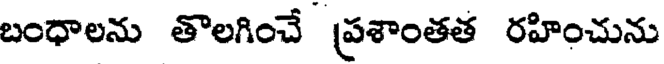
బంధాలను తొలగించే ప్రశాంతత రహించును